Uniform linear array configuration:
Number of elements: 4
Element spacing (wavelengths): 0.5
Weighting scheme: blackman
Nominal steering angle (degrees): -30
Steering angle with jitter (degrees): -31.442
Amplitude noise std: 0.05
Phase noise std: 0.05

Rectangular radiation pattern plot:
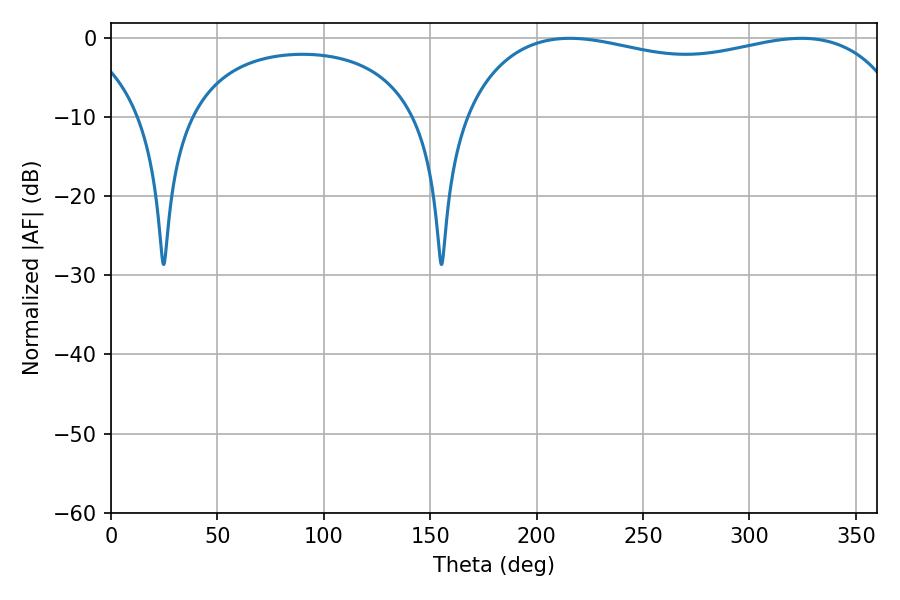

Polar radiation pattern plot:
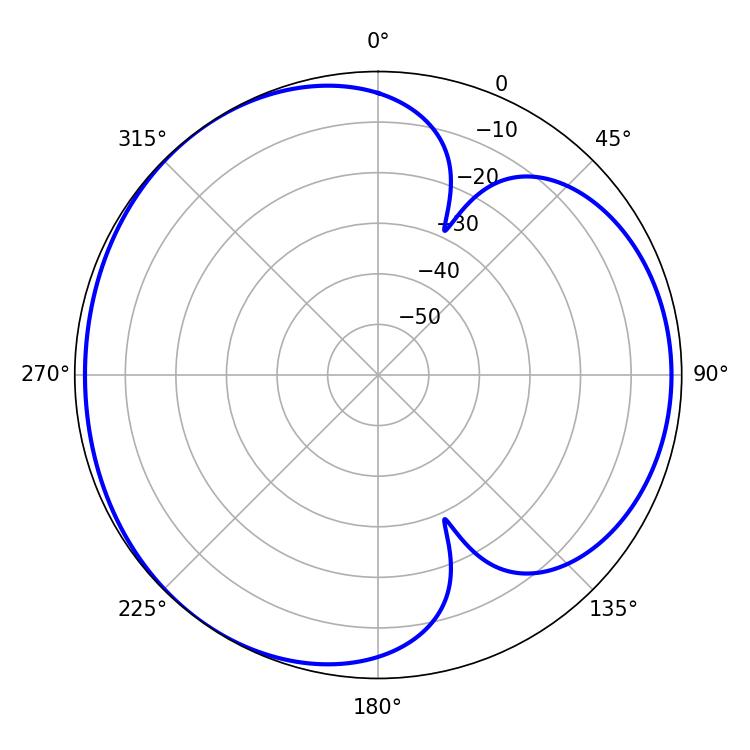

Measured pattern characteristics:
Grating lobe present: FALSE
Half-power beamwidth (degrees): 170.64
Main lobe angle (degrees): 215.64